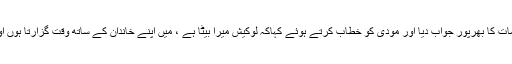
چندر بابو نائیڈونے کل ہی مودی کے طعن و تشنیع اور الزامات کا بھرپور جواب دیا اور مودی کو خطاب کرتے ہوئے کہاکہ لوکیش میرا بیٹا ہے ، میں اپنے خاندان کے ساتھ وقت گزارتا ہوں اور دیونس کا میں دادا ہوں اور بھونیشوری کا میں شوہر ہوں۔